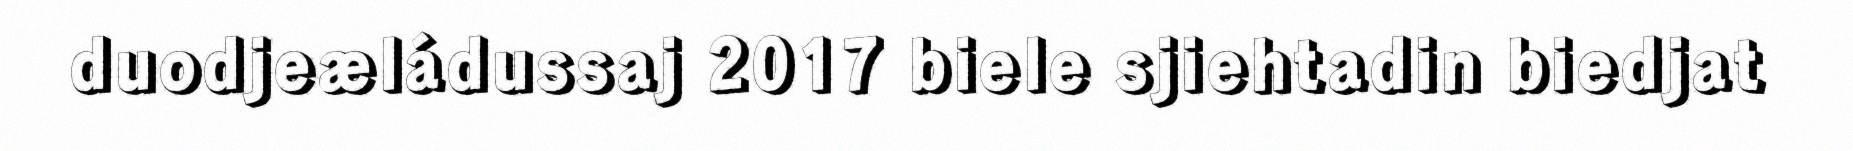
duodjeæládussaj 2017 biele sjiehtadin biedjat